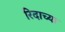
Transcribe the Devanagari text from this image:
रिदाच्या